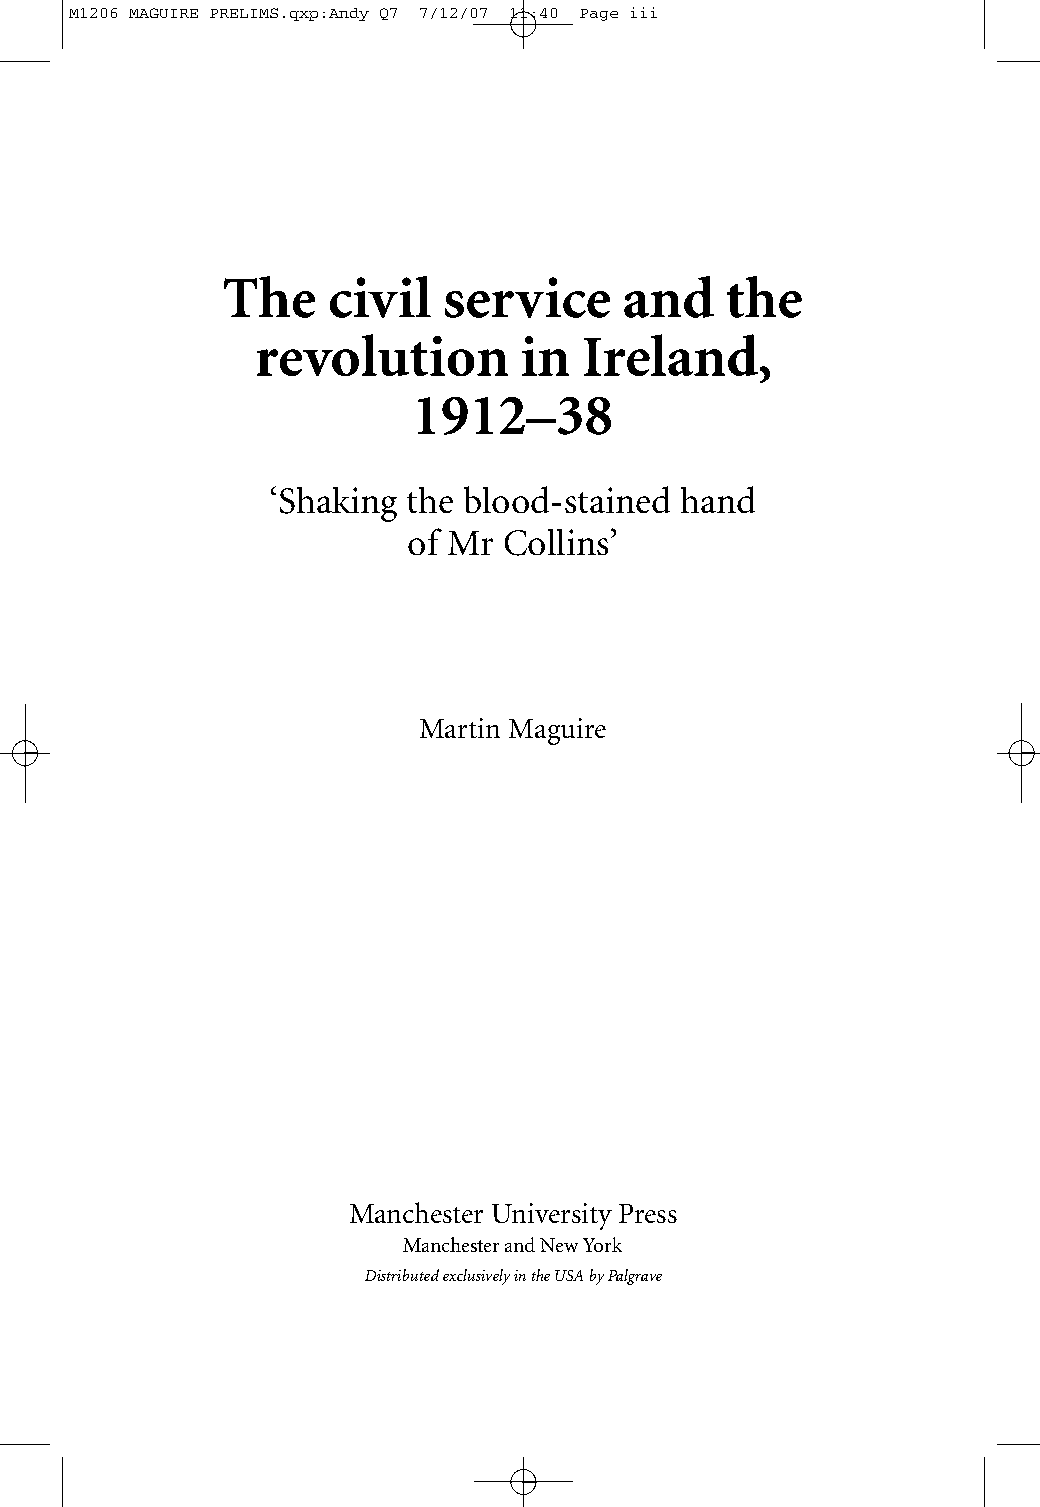
M1206 MAGUIRE PRELIMS.qxp:Andy Q7 7/12/07 11:40 Page iii
 The    civil  service     and    the
 revolution       in   Ireland,
 1912–38
 ‘Shaking the blood-stained hand
 of Mr Collins’
 Martin Maguire
 Manchester University Press
 Manchester and New York
 Distributed exclusively in the USA by Palgrave